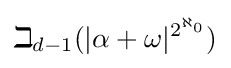
\beth _{d-1}(|\alpha +\omega |^{2^{\aleph _{0}}})